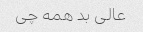
عالی بد همه چی